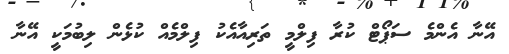
އޭނާ އެންމެ ސަޕޯޓް ކުރާ ފިލްމީ ތަރިއާއެކު ފިލްމެއް ކުޅެން ލިބުމަކީ އޭނާ